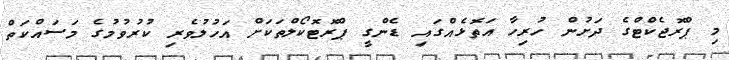
މި ޕްރޮޖެކްޓްގެ ދަށުން ހުރިހާ އަތޮޅެއްގައި ޑެންގީ ޕްރޮޓޮކޯލްތަކަށް އަހުލުވެރި ކުރުވުމުގެ މަސައްކަތް